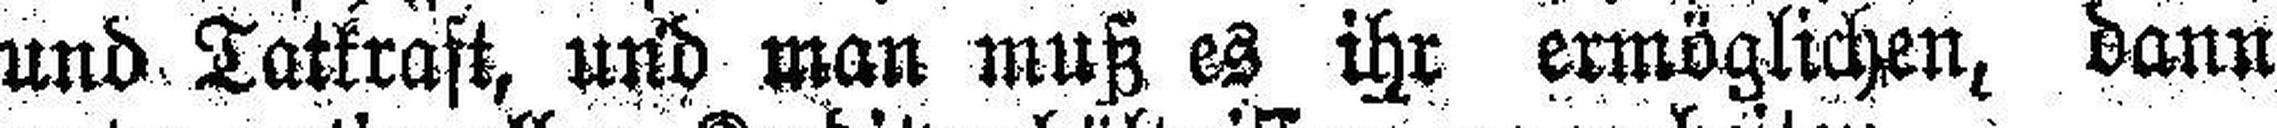
und Tatkraft, und man muß es ihr ermöglichen, dann